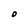
Character: O